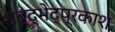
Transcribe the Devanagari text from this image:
शब्द्भेद्प्रकाश